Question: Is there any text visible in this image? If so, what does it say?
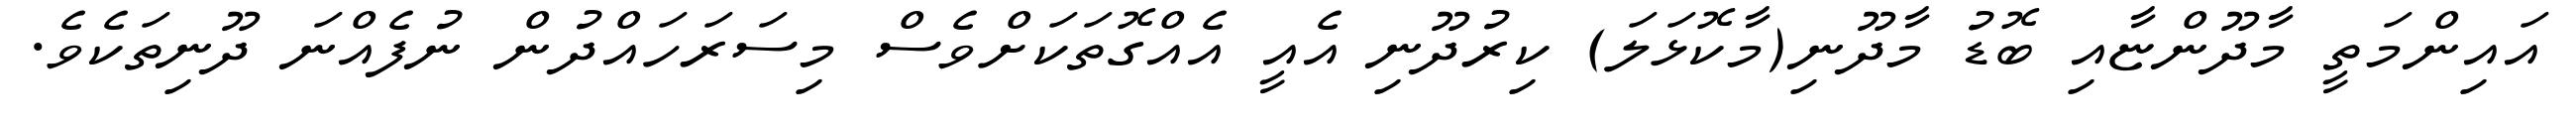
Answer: އައިންމަތީ މާދޫންޏާއި ބޮޑު މާދޫނި(މާކޮޅަލަ) ކިރުދޫނި އެއީ އެއްގޮތަކަށްވެސް މިސަރަހައްދުން ނުފެއްނަ ދޫނިތަކެވެ.